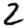
Digit: 2